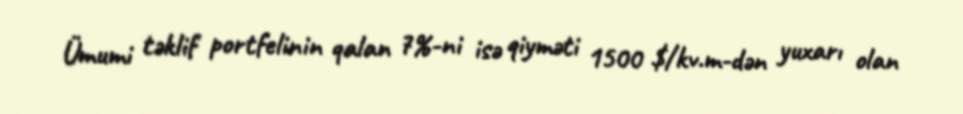
Ümumi təklif portfelinin qalan 7%-ni isə qiyməti 1500 $/kv.m-dən yuxarı olan